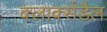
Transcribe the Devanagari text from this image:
क्लार्क्सडैल